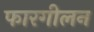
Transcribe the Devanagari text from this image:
फारगीलन